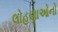
લોહણાઓનો